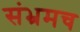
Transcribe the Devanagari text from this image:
संभ्रमच